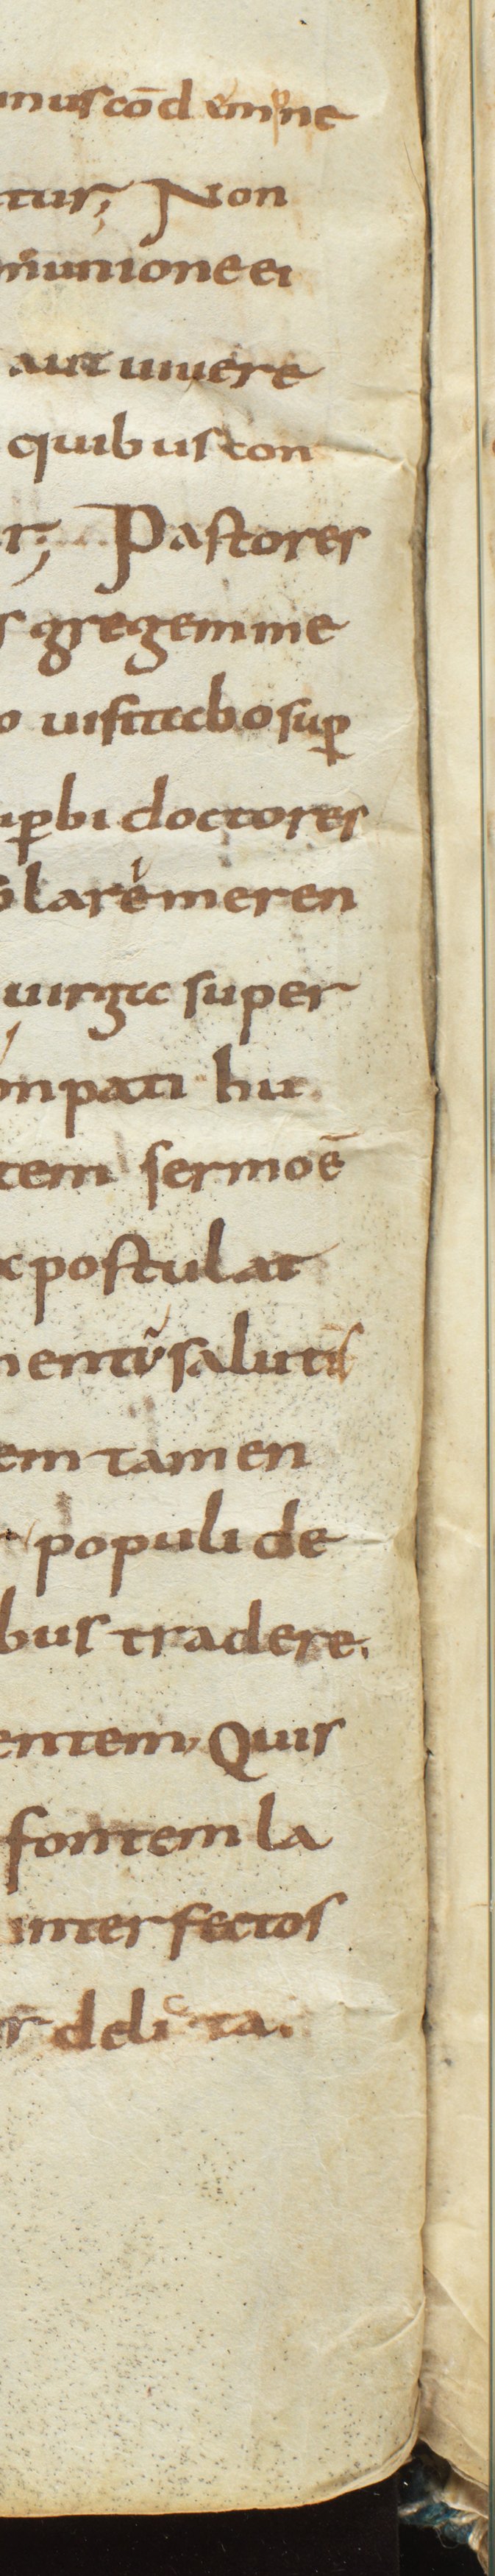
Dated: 800–833